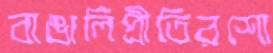
বাঙালিপ্রীতিরশো